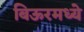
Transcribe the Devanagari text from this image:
बिऊरमध्ये